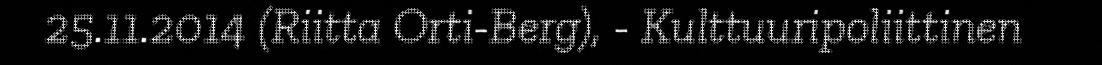
25.11.2014 (Riitta Orti-Berg), - Kulttuuripoliittinen